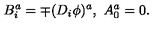
B _ { i } ^ { a } = \mp ( D _ { i } \phi ) ^ { a } , \ A _ { 0 } ^ { a } = 0 .